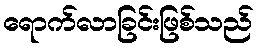
ရောက်လာခြင်းဖြစ်သည်